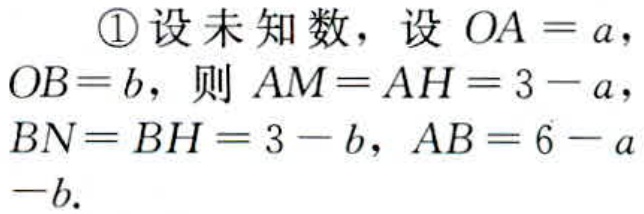
\textcircled{1}设未知数，设 \(OA = a\)，\(OB = b\)，则 \(AM = AH = 3 - a\)，\(BN = BH = 3 - b\)，\(AB = 6 - a -b\).